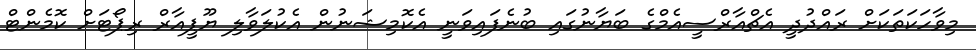
މިވާހަކަތަކަށް ރައްދުދީ އެޗްއާރްސީއެމްގެ ބަޔާނުގައި ބުނެފައިވަނީ އެކޮމިޝަނުން އެކުލަވާލި ޔޫޕީއާރް ރިޕޯޓަށް ކޮމެންޓް